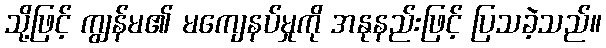
သို့ဖြင့် ကျွန်မ၏ မကျေနပ်မှုကို အနုနည်းဖြင့် ပြသခဲ့သည်။